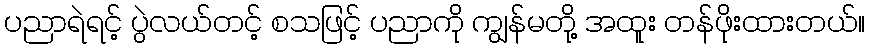
ပညာရဲရင့် ပွဲလယ်တင့် စသဖြင့် ပညာကို ကျွန်မတို့ အထူး တန်ဖိုးထားတယ်။